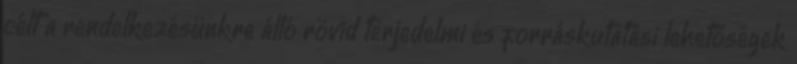
célt a rendelkezésünkre álló rövid terjedelmi és forráskutatási lehetőségek